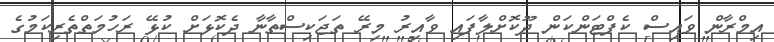
އިމްރާން ވައިސް ކެޕްޓަންކަން ދޫކޮށްލާފައި ވާއިރު މިރޭ ތަޖަކިސްތާނާ ދެކޮޅަށް ކުޅޭ ރަހުމަތްތެރިކަމުގެ